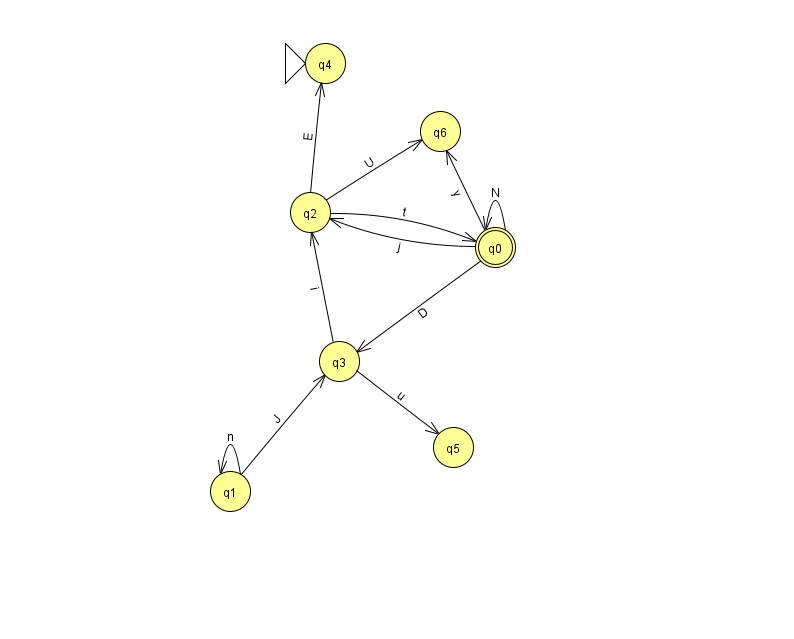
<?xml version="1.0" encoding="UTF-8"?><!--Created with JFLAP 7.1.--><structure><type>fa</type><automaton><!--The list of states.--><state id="0" name="q0"><x>495.0</x><y>234.0</y><final/></state><state id="1" name="q1"><x>230.0</x><y>478.0</y></state><state id="2" name="q2"><x>310.0</x><y>199.0</y></state><state id="3" name="q3"><x>339.0</x><y>348.0</y></state><state id="4" name="q4"><x>325.0</x><y>50.0</y><initial/></state><state id="5" name="q5"><x>453.0</x><y>434.0</y></state><state id="6" name="q6"><x>440.0</x><y>118.0</y></state><!--The list of transitions.--><transition><from>2</from><to>0</to><read>t</read></transition><transition><from>2</from><to>4</to><read>E</read></transition><transition><from>0</from><to>3</to><read>D</read></transition><transition><from>0</from><to>6</to><read>y</read></transition><transition><from>1</from><to>3</to><read>J</read></transition><transition><from>3</from><to>5</to><read>u</read></transition><transition><from>0</from><to>2</to><read>j</read></transition><transition><from>0</from><to>0</to><read>N</read></transition><transition><from>1</from><to>1</to><read>n</read></transition><transition><from>2</from><to>6</to><read>U</read></transition><transition><from>3</from><to>2</to><read>i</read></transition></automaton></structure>